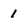
Character: 1